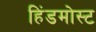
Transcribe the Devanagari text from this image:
हिंडमोस्ट